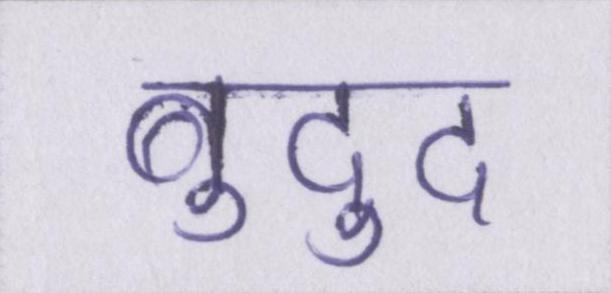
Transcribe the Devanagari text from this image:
बुद्दु